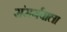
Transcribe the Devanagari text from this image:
संसर्गवाला